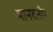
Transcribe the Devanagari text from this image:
मानवती।